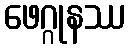
ဖေဂ္ဂုနဿ